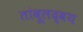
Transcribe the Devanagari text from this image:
तांबूलद्वय